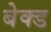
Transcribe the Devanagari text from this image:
बेक्‍ड